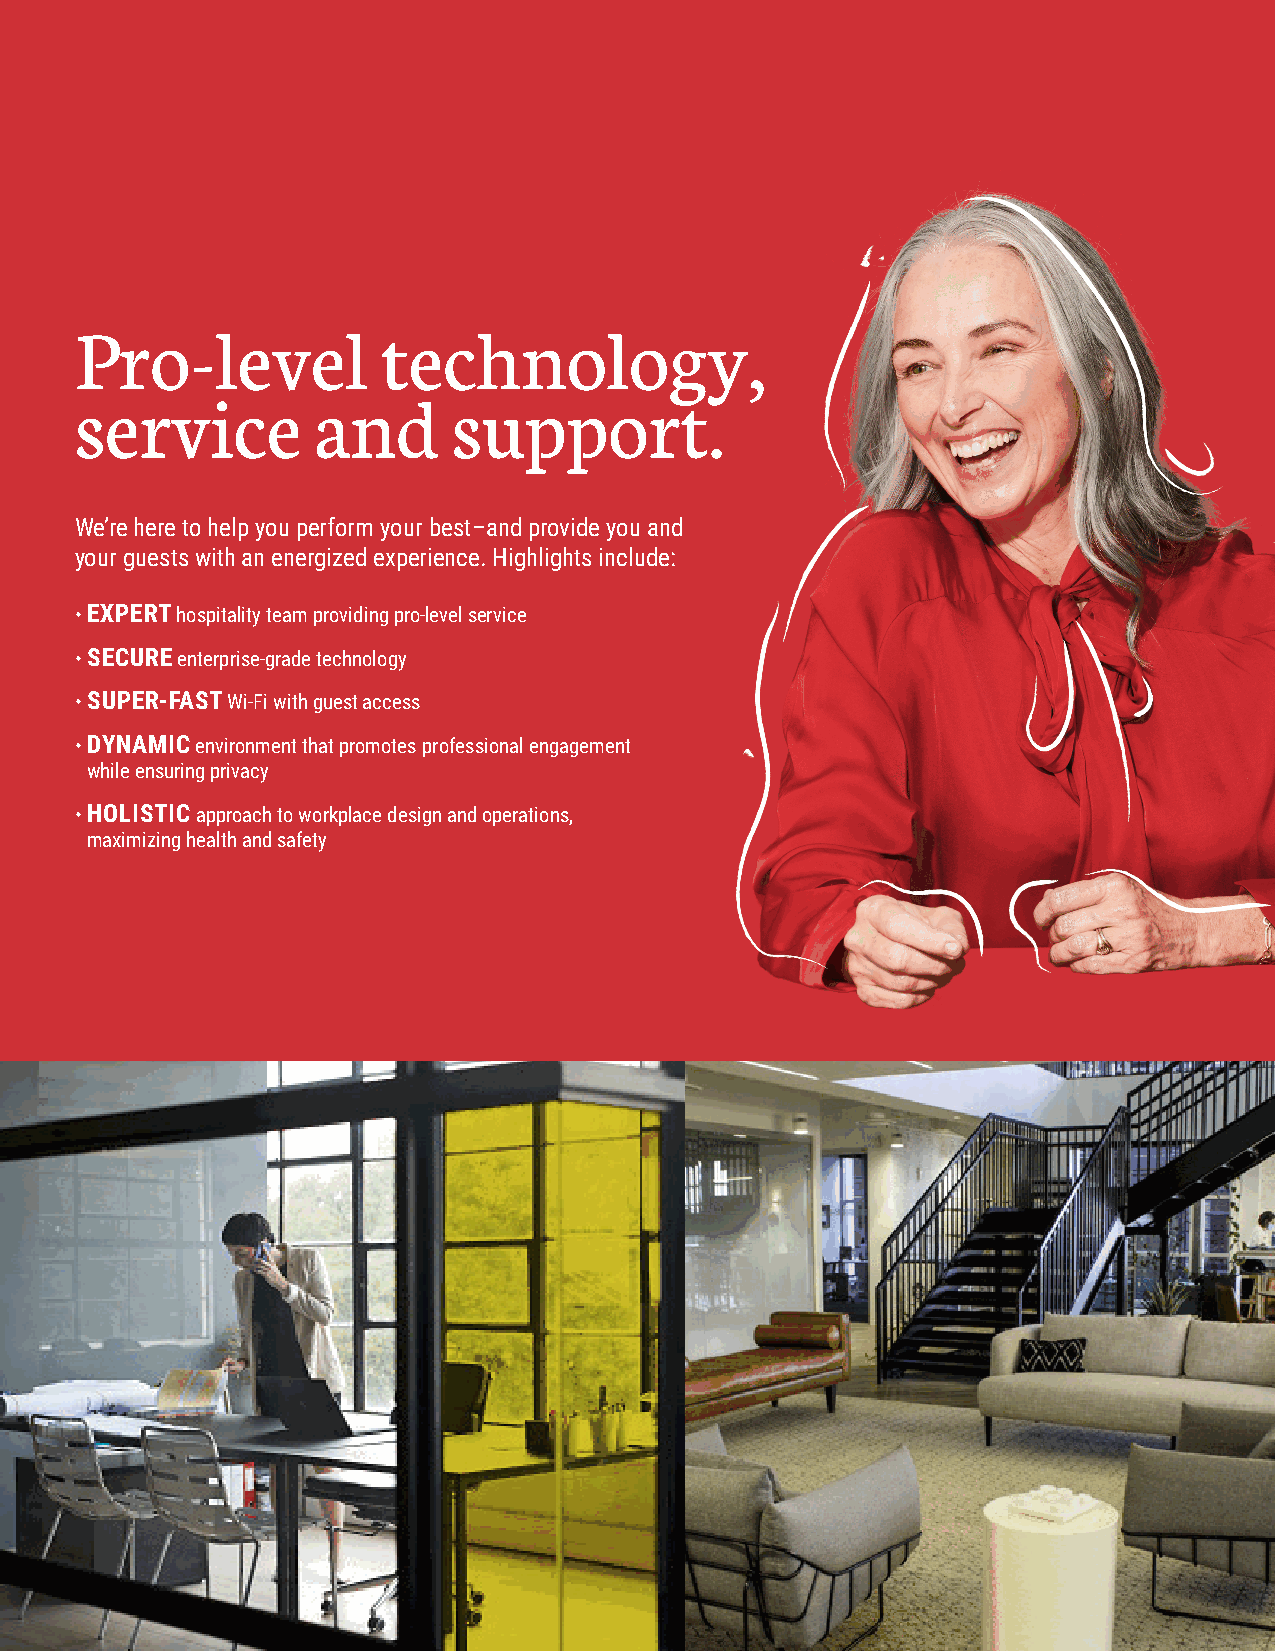
Pro-level           technology,
 service         and      support.
 We’re here to help you perform your best–and provide you and
 your guests with an energized experience. Highlights include:
 • EXPERT hospitality team providing pro-level service
 • SECURE enterprise-grade technology
 • SUPER-FAST Wi-Fi with guest access
 • DYNAMIC environment that promotes professional engagement
 while ensuring privacy
 • HOLISTIC approach to workplace design and operations,
 maximizing health and safety